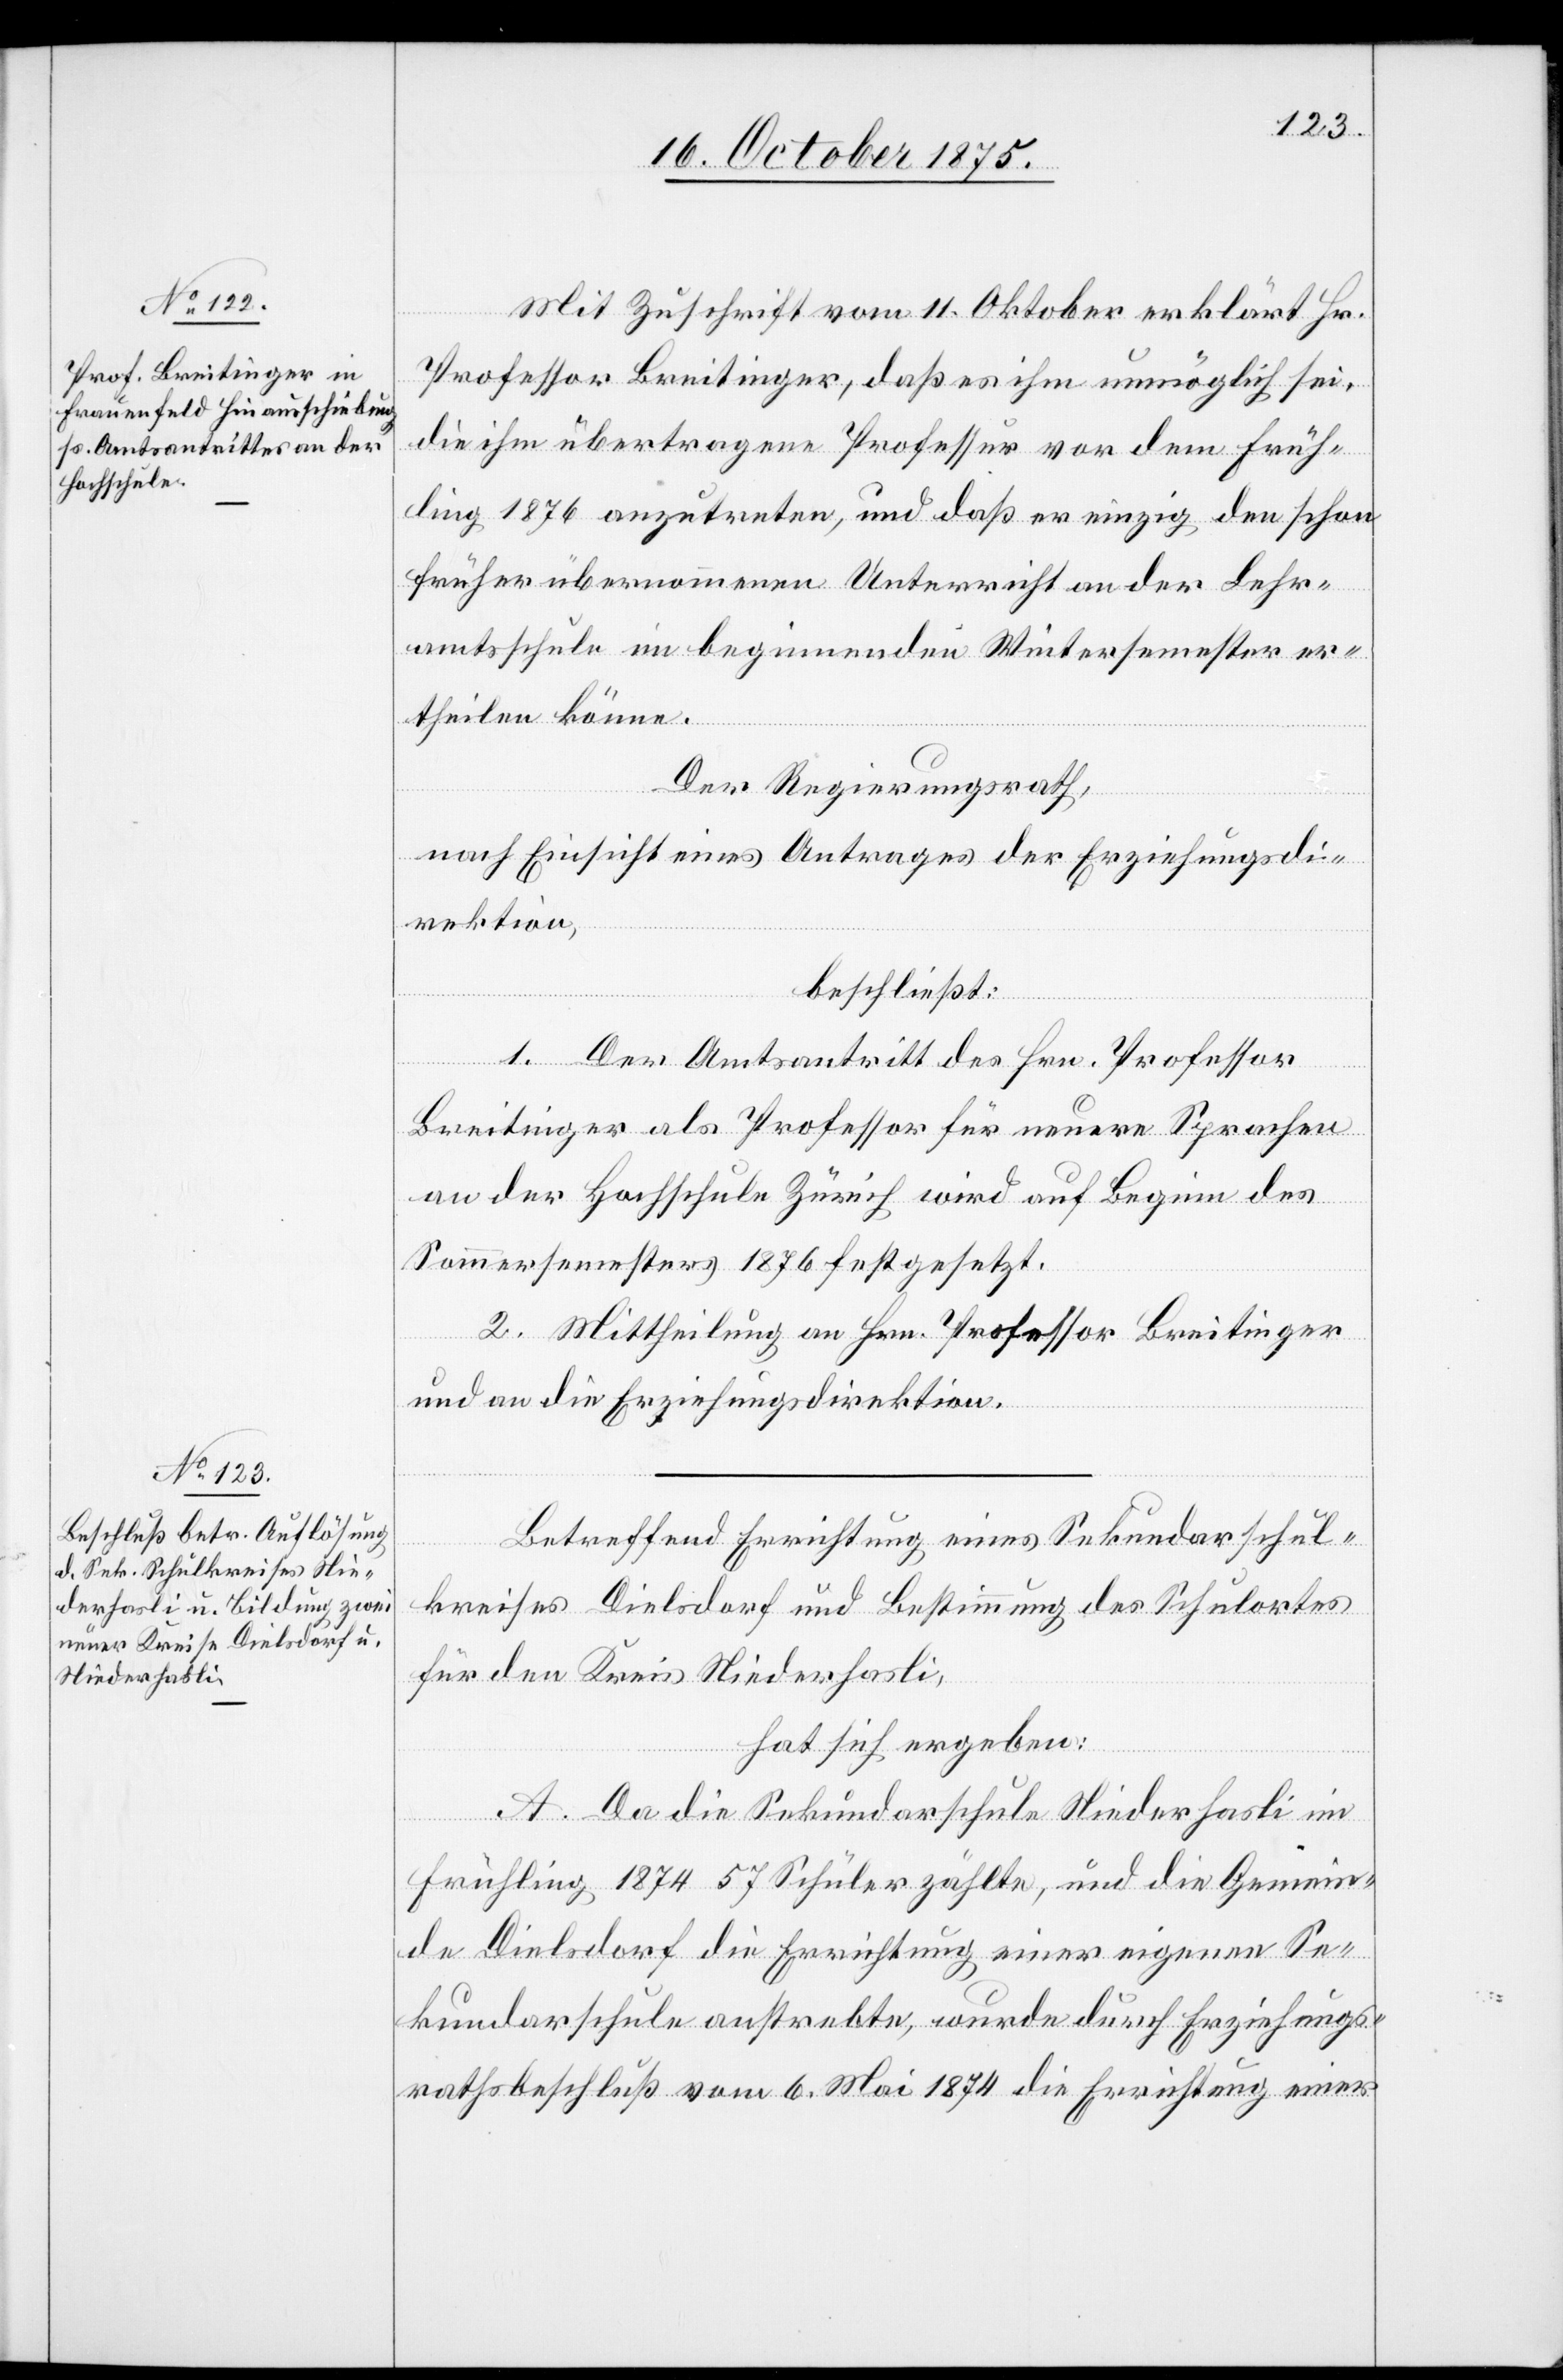
Mit Zuschrift vom 11. Oktober erklärt Hr.
Professor Breitinger, daß es ihm unmöglich sei,
die ihm übertragene Professur vor dem Früh¬
ling 1876 anzutreten, und daß er einzig den schon
früher übernommenen Unterricht an der Lehr¬
amtsschule im beginnenden Wintersemester er¬
theilen könne.
Der Regierungsrath,
nach Einsicht eines Antrages der Erziehungsdi¬
rektion,
beschließt:
1. Der Amtsantritt des Hrn. Professor
Breitinger als Professor für neuere Sprachen
an der Hochschule Zürich wird auf Beginn des
Sommersemesters 1876 festgesetzt.
2. Mittheilung an Hrn. Professor Breitinger
und an die Erziehungsdirektion.
Betreffend Errichtung eines Sekundarschul¬
kreises Dielsdorf und Bestimmung des Schulortes
für den Kreis Niederhasli,
hat sich ergeben:
A. Da die Sekundarschule Niederhasli im
Frühling 1874 57 Schüler zählte, und die Gemein¬
de Dielsdorf die Errichtung einer eigenen Se¬
kundarschule anstrebte, wurde durch Erziehungs¬
rathsbeschluß vom 6. Mai 1874 die Errichtung einer